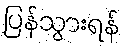
ပြန်သွားရန်